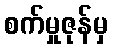
စက်မှုဇုန်မှ